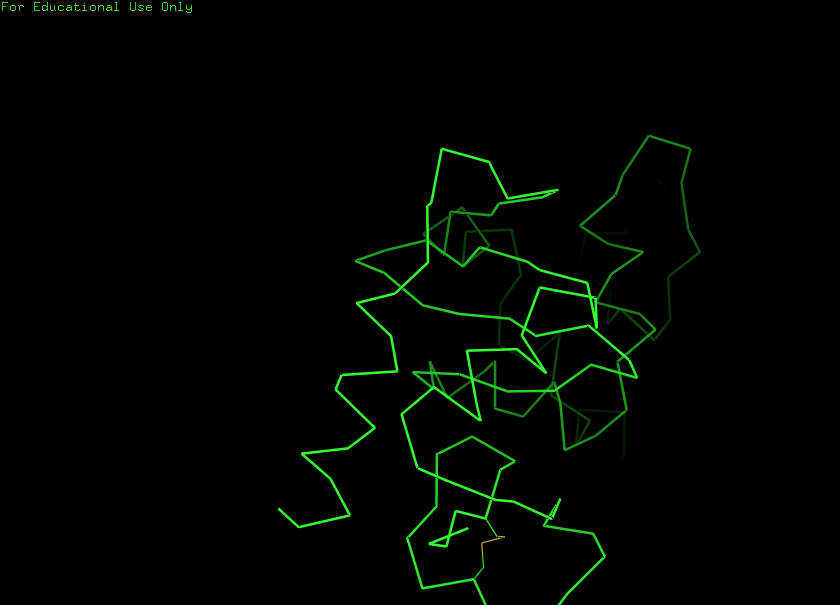
pymol, preset, simple_no_solv